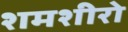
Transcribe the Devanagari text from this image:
शमशीरो